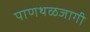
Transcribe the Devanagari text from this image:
पाणथळजागी